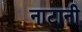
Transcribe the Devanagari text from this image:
नाटानी